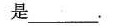
是___。